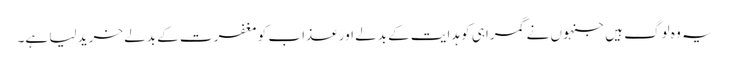
یہ وہ لوگ ہیں جنہوں نے گمراہی کو ہدایت کے بدلے اور عذاب کو مغفرت کے بدلے خرید لیا ہے۔